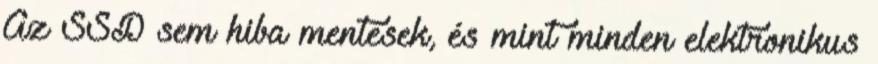
Az SSD sem hiba mentesek, és mint minden elektronikus